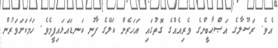
އެވެ. ރަސޫލާގެ އަޞްޙާބީންގެ ވެރިއެއްގެ ގޮތުގައި އަހަރެން ކަލޭގެ ފާނު ކަނޑައަޅައިފީމެވެ. ހަމަކަށަވަރުން